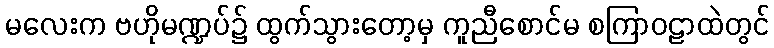
မလေးက ဗဟိုမဏ္ဍပ်၌ ထွက်သွားတော့မှ ကူညီစောင်မ စကြာဝဠာထဲတွင်